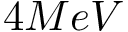
4 M e V